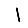
Digit: 1